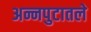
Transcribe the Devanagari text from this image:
अन्नपुटातले